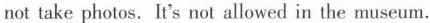
not take photos. It's not allowed in the museum.